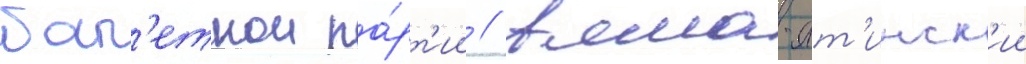
бал'етнои па́рт'ии // Алма-ат'инск'ии